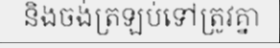
និងចង់ត្រឡប់ទៅត្រូវគ្នា